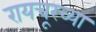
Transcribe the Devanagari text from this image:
रायचूरच्या